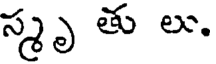
స్మృ తు లు.